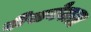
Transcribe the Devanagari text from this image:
दीखनेवाला